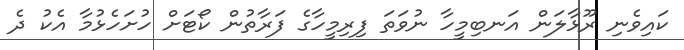
ކައިވެނި ރޫޅާލަން އަނބިމީހާ ނުވަތަ ފިރިމީހާގެ ފަރާތުން ކޯޓަށް ހުށަހެޅުމާ އެކު ދެ